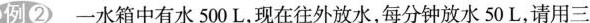
例②一水箱中有水500L，现在往外放水，每分钟放水50L，请用三